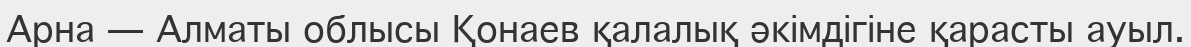
Арна — Алматы облысы Қонаев қалалық әкімдігіне қарасты ауыл.